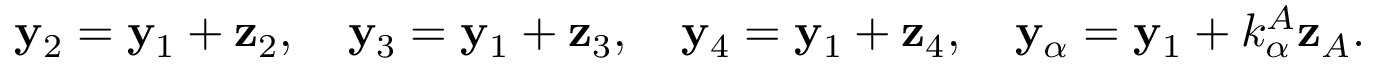
\begin{array} { r } { { \bf y } _ { 2 } = { \bf y } _ { 1 } + { \bf z } _ { 2 } , \quad { \bf y } _ { 3 } = { \bf y } _ { 1 } + { \bf z } _ { 3 } , \quad { \bf y } _ { 4 } = { \bf y } _ { 1 } + { \bf z } _ { 4 } , \quad { \bf y } _ { \alpha } = { \bf y } _ { 1 } + k _ { \alpha } ^ { A } { \bf z } _ { A } . } \end{array}